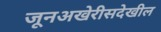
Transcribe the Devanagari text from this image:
जूनअखेरीसदेखील